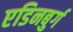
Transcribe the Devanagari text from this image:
एडिनबुर्ग